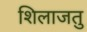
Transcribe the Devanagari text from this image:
शिलाजतु